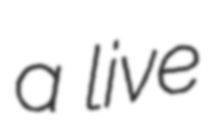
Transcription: a live